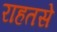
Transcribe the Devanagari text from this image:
राहतसे